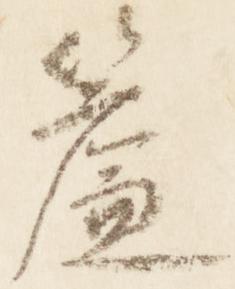
簾